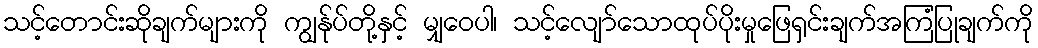
သင့်တောင်းဆိုချက်များကို ကျွန်ုပ်တို့နှင့် မျှဝေပါ၊ သင့်လျော်သောထုပ်ပိုးမှုဖြေရှင်းချက်အကြံပြုချက်ကို